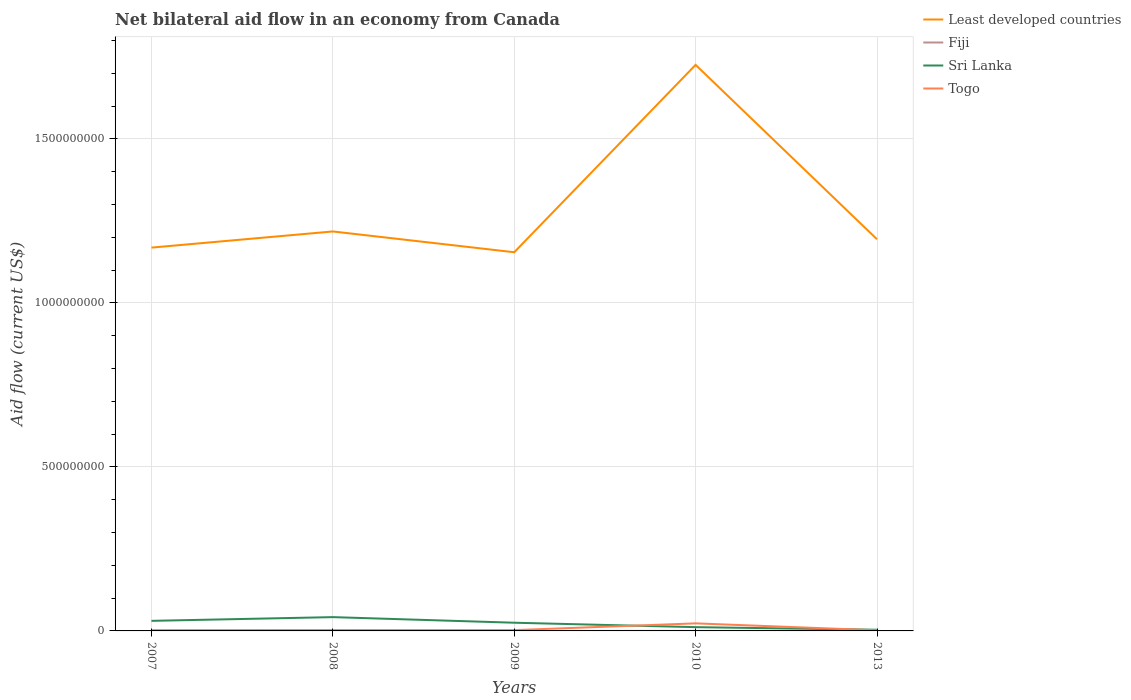
| Years | Least developed countries | Fiji | Sri Lanka | Togo |
 | --- | --- | --- | --- | --- |
 | 2007 | 1.17e+09 | 5e+05 | 3.07e+07 | 2.32e+06 |
 | 2008 | 1.22e+09 | 4.7e+05 | 4.20e+07 | 2.61e+06 |
 | 2009 | 1.15e+09 | 1.3e+05 | 2.5e+07 | 2.5e+06 |
 | 2010 | 1.73e+09 | 8e+04 | 1.15e+07 | 2.30e+07 |
 | 2013 | 1.19e+09 | 1.8e+05 | 3.62e+06 | 1.9e+06 |